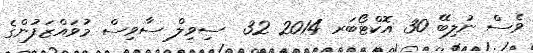
ވެސް ނުލިބޭ 30 އޮކްޓޯބަރ 2014 32  ސިވިލް ސާވިސް މުވައްޒަފުންގެ